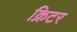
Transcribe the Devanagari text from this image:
क्रिटर